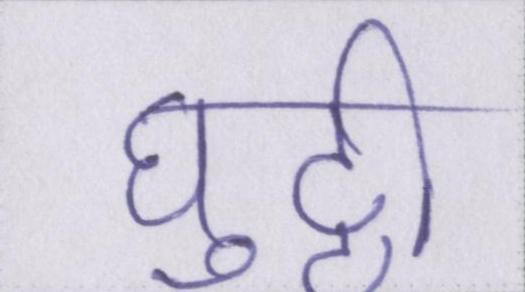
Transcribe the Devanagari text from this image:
घुट्टी